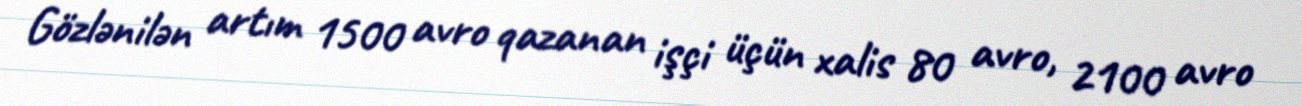
Gözlənilən artım 1500 avro qazanan işçi üçün xalis 80 avro, 2100 avro